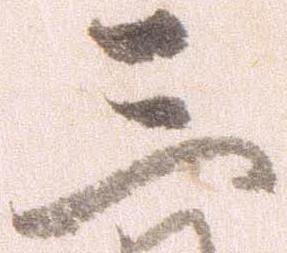
三